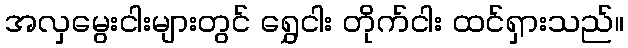
အလှမွေးငါးများတွင် ရွှေငါး တိုက်ငါး ထင်ရှားသည်။